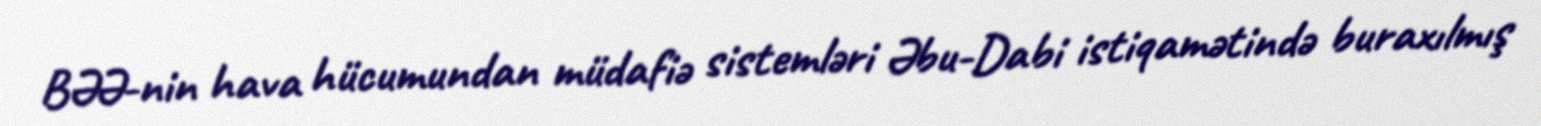
BƏƏ-nin hava hücumundan müdafiə sistemləri Əbu-Dabi istiqamətində buraxılmış